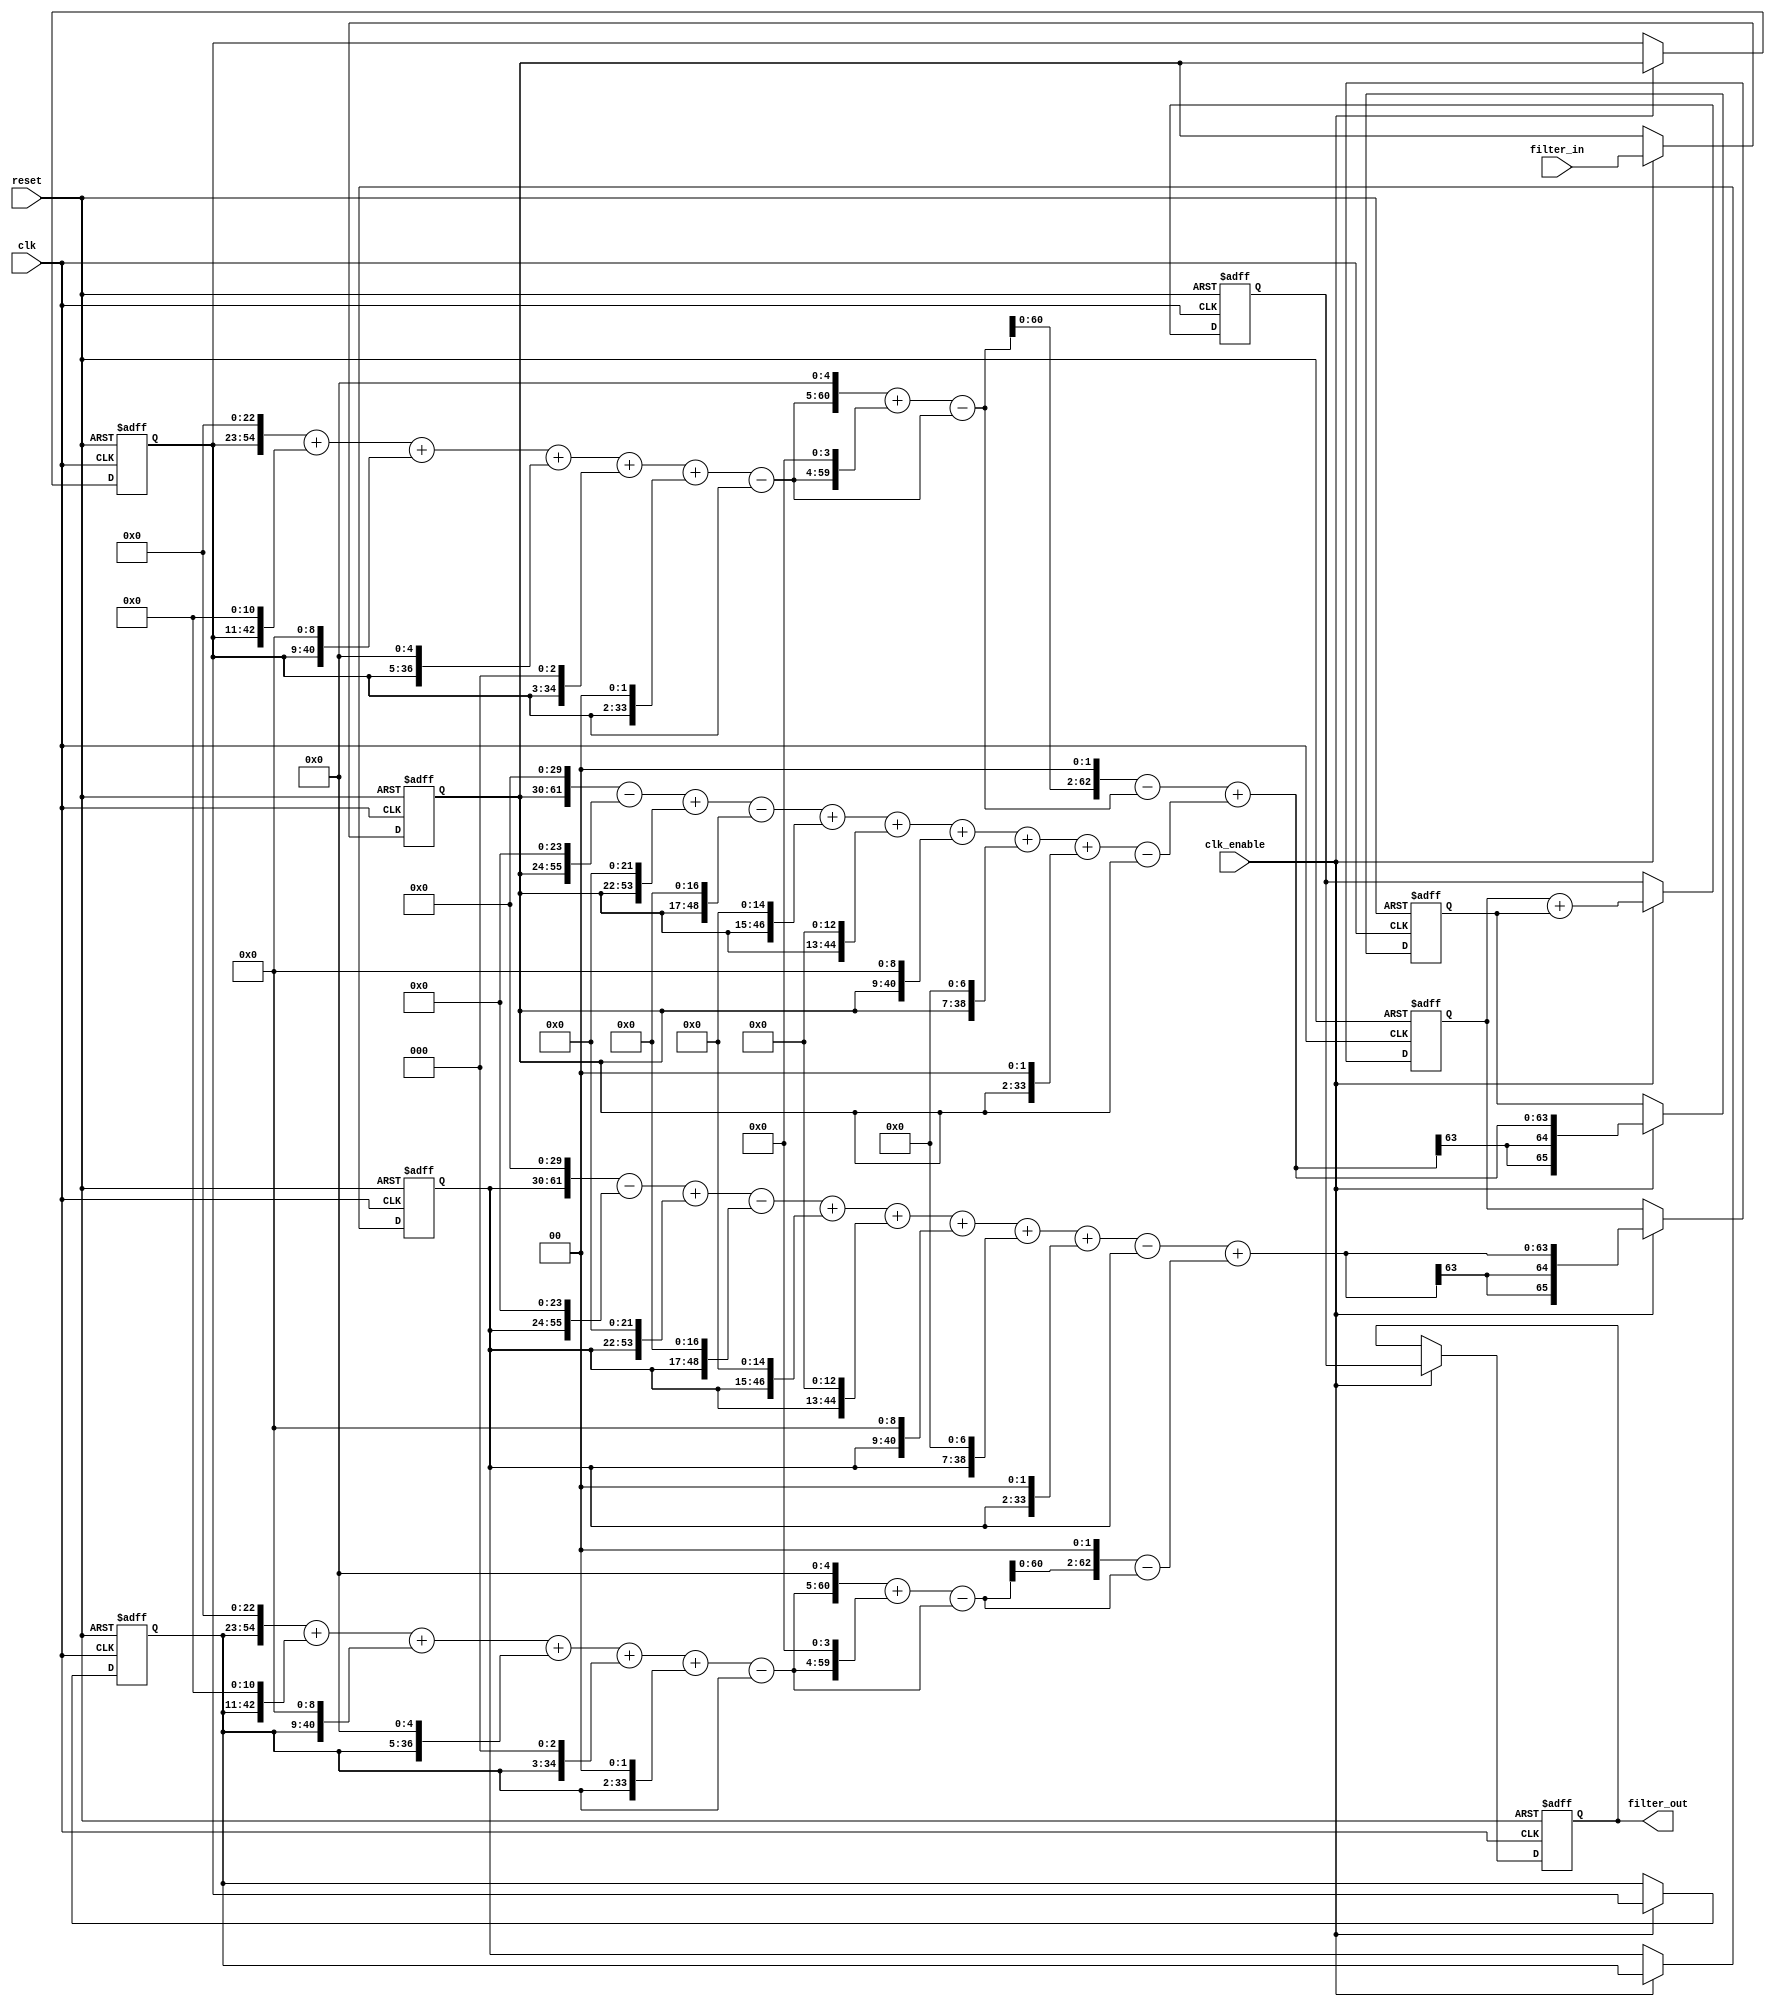
// -------------------------------------------------------------
//
// Module: fir_min_32b_fcsd
// Generated by MATLAB(R) 9.12 and Filter Design HDL Coder 3.1.11.
// Generated on: 2023-06-27 19:40:21
// -------------------------------------------------------------

// -------------------------------------------------------------
// HDL Code Generation Options:
//
// CoeffMultipliers: Factored-CSD
// FIRAdderStyle: tree
// OptimizeForHDL: on
// TargetDirectory: W:\Nikos\UTh\ \Project\FIR_Minimum_Order\factored_csd\32b_floating_point
// AddPipelineRegisters: on
// Name: fir_min_32b_fcsd
// InputDataType: numerictype(1,32,0)
// TargetLanguage: Verilog
// TestBenchName: fir_min_32b_fcsd_tb
// TestBenchStimulus: impulse step ramp chirp noise 

// Filter Specifications:
//
// Sample Rate     : 46 kHz
// Response        : Lowpass
// Specification   : N,Fp,Fst,Ap
// Stopband Edge   : 9.6 kHz
// Passband Ripple : 60 dB
// Filter Order    : 3
// Passband Edge   : 8 kHz
// -------------------------------------------------------------

// -------------------------------------------------------------
// HDL Implementation    : Fully parallel
// Folding Factor        : 1
// -------------------------------------------------------------
// Filter Settings:
//
// Discrete-Time FIR Filter (real)
// -------------------------------
// Filter Structure  : Direct-Form FIR
// Filter Length     : 4
// Stable            : Yes
// Linear Phase      : Yes (Type 2)
// Arithmetic        : fixed
// Numerator         : s32,40 -> [-1.953125e-03 1.953125e-03)
// -------------------------------------------------------------




`timescale 1 ns / 1 ns

module fir_min_32b_fcsd
               (
                clk,
                clk_enable,
                reset,
                filter_in,
                filter_out
                );

  input   clk; 
  input   clk_enable; 
  input   reset; 
  input   signed [31:0] filter_in; //sfix32
  output  signed [65:0] filter_out; //sfix66_En40

////////////////////////////////////////////////////////////////
//Module Architecture: fir_min_32b_fcsd
////////////////////////////////////////////////////////////////
  // Local Functions
  // Type Definitions
  // Constants
  parameter signed [31:0] coeff1 = 32'h3F3EA283; //sfix32_En40
  parameter signed [31:0] coeff2 = 32'h468599AF; //sfix32_En40
  parameter signed [31:0] coeff3 = 32'h468599AF; //sfix32_En40
  parameter signed [31:0] coeff4 = 32'h3F3EA283; //sfix32_En40

  // Signals
  reg  signed [31:0] delay_pipeline [0:3] ; // sfix32
  wire signed [63:0] product4; // sfix64_En40
  wire signed [62:0] mulcsd_temp; // sfix63_En40
  wire signed [63:0] product3; // sfix64_En40
  wire signed [55:0] factoredcsd_temp; // sfix56_En24
  wire signed [55:0] mulcsd_temp_1; // sfix56_En24
  wire signed [61:0] factoredcsd_temp_1; // sfix62_En30
  wire signed [61:0] mulcsd_temp_2; // sfix62_En30
  wire signed [62:0] factoredcsd_temp_2; // sfix63_En32
  wire signed [64:0] mulcsd_temp_3; // sfix65_En32
  wire signed [62:0] factoredcsd_temp_3; // sfix63_En40
  wire signed [63:0] product2; // sfix64_En40
  wire signed [55:0] factoredcsd_temp_4; // sfix56_En24
  wire signed [55:0] mulcsd_temp_4; // sfix56_En24
  wire signed [61:0] factoredcsd_temp_5; // sfix62_En30
  wire signed [61:0] mulcsd_temp_5; // sfix62_En30
  wire signed [62:0] factoredcsd_temp_6; // sfix63_En32
  wire signed [64:0] mulcsd_temp_6; // sfix65_En32
  wire signed [62:0] factoredcsd_temp_7; // sfix63_En40
  wire signed [63:0] product1; // sfix64_En40
  wire signed [62:0] mulcsd_temp_7; // sfix63_En40
  wire signed [65:0] sum_final; // sfix66_En40
  wire signed [65:0] sum1_1; // sfix66_En40
  wire signed [63:0] add_signext; // sfix64_En40
  wire signed [63:0] add_signext_1; // sfix64_En40
  wire signed [64:0] add_temp; // sfix65_En40
  reg  signed [65:0] sumpipe1_1; // sfix66_En40
  wire signed [65:0] sum1_2; // sfix66_En40
  wire signed [63:0] add_signext_2; // sfix64_En40
  wire signed [63:0] add_signext_3; // sfix64_En40
  wire signed [64:0] add_temp_1; // sfix65_En40
  reg  signed [65:0] sumpipe1_2; // sfix66_En40
  wire signed [65:0] sum2_1; // sfix66_En40
  wire signed [65:0] add_signext_4; // sfix66_En40
  wire signed [65:0] add_signext_5; // sfix66_En40
  wire signed [66:0] add_temp_2; // sfix67_En40
  reg  signed [65:0] sumpipe2_1; // sfix66_En40
  reg  signed [65:0] output_register; // sfix66_En40

  // Block Statements
  always @( posedge clk or posedge reset)
    begin: Delay_Pipeline_process
      if (reset == 1'b1) begin
        delay_pipeline[0] <= 0;
        delay_pipeline[1] <= 0;
        delay_pipeline[2] <= 0;
        delay_pipeline[3] <= 0;
      end
      else begin
        if (clk_enable == 1'b1) begin
          delay_pipeline[0] <= filter_in;
          delay_pipeline[1] <= delay_pipeline[0];
          delay_pipeline[2] <= delay_pipeline[1];
          delay_pipeline[3] <= delay_pipeline[2];
        end
      end
    end // Delay_Pipeline_process


// For FCSD of 1061069443, optimizing to CSD due to lower cost
  assign mulcsd_temp = 
        $signed({delay_pipeline[3], 30'b000000000000000000000000000000}) -
        $signed({delay_pipeline[3], 24'b000000000000000000000000}) +
        $signed({delay_pipeline[3], 22'b0000000000000000000000}) -
        $signed({delay_pipeline[3], 17'b00000000000000000}) +
        $signed({delay_pipeline[3], 15'b000000000000000}) +
        $signed({delay_pipeline[3], 13'b0000000000000}) +
        $signed({delay_pipeline[3], 9'b000000000}) +
        $signed({delay_pipeline[3], 7'b0000000}) +
        $signed({delay_pipeline[3], 2'b00}) -
        delay_pipeline[3];
  assign product4 = $signed({{1{mulcsd_temp[62]}}, mulcsd_temp});

// For FCSD of 1183160751, using factorization: 8391211 47 3 
// 
  assign mulcsd_temp_1 = 
        $signed({delay_pipeline[2], 23'b00000000000000000000000}) +
        $signed({delay_pipeline[2], 11'b00000000000}) +
        $signed({delay_pipeline[2], 9'b000000000}) +
        $signed({delay_pipeline[2], 5'b00000}) +
        $signed({delay_pipeline[2], 3'b000}) +
        $signed({delay_pipeline[2], 2'b00}) -
        delay_pipeline[2];
  assign factoredcsd_temp = mulcsd_temp_1;

  assign mulcsd_temp_2 = 
        $signed({factoredcsd_temp, 5'b00000}) +
        $signed({factoredcsd_temp, 4'b0000}) -
        factoredcsd_temp;
  assign factoredcsd_temp_1 = mulcsd_temp_2;

  assign mulcsd_temp_3 = 
        $signed({factoredcsd_temp_1, 2'b00}) -
        factoredcsd_temp_1;
  assign factoredcsd_temp_2 = mulcsd_temp_3[62:0];

  assign factoredcsd_temp_3 = factoredcsd_temp_2;

  assign product3 = $signed({{1{factoredcsd_temp_3[62]}}, factoredcsd_temp_3});

// For FCSD of 1183160751, using factorization: 8391211 47 3 
// 
  assign mulcsd_temp_4 = 
        $signed({delay_pipeline[1], 23'b00000000000000000000000}) +
        $signed({delay_pipeline[1], 11'b00000000000}) +
        $signed({delay_pipeline[1], 9'b000000000}) +
        $signed({delay_pipeline[1], 5'b00000}) +
        $signed({delay_pipeline[1], 3'b000}) +
        $signed({delay_pipeline[1], 2'b00}) -
        delay_pipeline[1];
  assign factoredcsd_temp_4 = mulcsd_temp_4;

  assign mulcsd_temp_5 = 
        $signed({factoredcsd_temp_4, 5'b00000}) +
        $signed({factoredcsd_temp_4, 4'b0000}) -
        factoredcsd_temp_4;
  assign factoredcsd_temp_5 = mulcsd_temp_5;

  assign mulcsd_temp_6 = 
        $signed({factoredcsd_temp_5, 2'b00}) -
        factoredcsd_temp_5;
  assign factoredcsd_temp_6 = mulcsd_temp_6[62:0];

  assign factoredcsd_temp_7 = factoredcsd_temp_6;

  assign product2 = $signed({{1{factoredcsd_temp_7[62]}}, factoredcsd_temp_7});

// For FCSD of 1061069443, optimizing to CSD due to lower cost
  assign mulcsd_temp_7 = 
        $signed({delay_pipeline[0], 30'b000000000000000000000000000000}) -
        $signed({delay_pipeline[0], 24'b000000000000000000000000}) +
        $signed({delay_pipeline[0], 22'b0000000000000000000000}) -
        $signed({delay_pipeline[0], 17'b00000000000000000}) +
        $signed({delay_pipeline[0], 15'b000000000000000}) +
        $signed({delay_pipeline[0], 13'b0000000000000}) +
        $signed({delay_pipeline[0], 9'b000000000}) +
        $signed({delay_pipeline[0], 7'b0000000}) +
        $signed({delay_pipeline[0], 2'b00}) -
        delay_pipeline[0];
  assign product1 = $signed({{1{mulcsd_temp_7[62]}}, mulcsd_temp_7});

  assign add_signext = product4;
  assign add_signext_1 = product3;
  assign add_temp = add_signext + add_signext_1;
  assign sum1_1 = $signed({{1{add_temp[64]}}, add_temp});

  assign add_signext_2 = product2;
  assign add_signext_3 = product1;
  assign add_temp_1 = add_signext_2 + add_signext_3;
  assign sum1_2 = $signed({{1{add_temp_1[64]}}, add_temp_1});

  always @ (posedge clk or posedge reset)
    begin: temp_process1
      if (reset == 1'b1) begin
        sumpipe1_1 <= 0;
        sumpipe1_2 <= 0;
      end
      else begin
        if (clk_enable == 1'b1) begin
          sumpipe1_1 <= sum1_1;
          sumpipe1_2 <= sum1_2;
        end
      end
    end // temp_process1

  assign add_signext_4 = sumpipe1_1;
  assign add_signext_5 = sumpipe1_2;
  assign add_temp_2 = add_signext_4 + add_signext_5;
  assign sum2_1 = add_temp_2[65:0];

  always @ (posedge clk or posedge reset)
    begin: temp_process2
      if (reset == 1'b1) begin
        sumpipe2_1 <= 0;
      end
      else begin
        if (clk_enable == 1'b1) begin
          sumpipe2_1 <= sum2_1;
        end
      end
    end // temp_process2

  assign sum_final = sumpipe2_1;

  always @ (posedge clk or posedge reset)
    begin: Output_Register_process
      if (reset == 1'b1) begin
        output_register <= 0;
      end
      else begin
        if (clk_enable == 1'b1) begin
          output_register <= sum_final;
        end
      end
    end // Output_Register_process

  // Assignment Statements
  assign filter_out = output_register;
endmodule  // fir_min_32b_fcsd